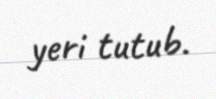
yeri tutub.